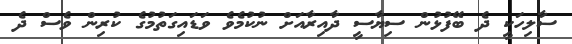
ސާލިހަކީ ދެ ބޭފުޅުން ސިޔާސީ ދާއިރާއަށް ނުކުމެވެ ވަޑައިގަތުމުގެ ކުރިން ވެސް ދެ